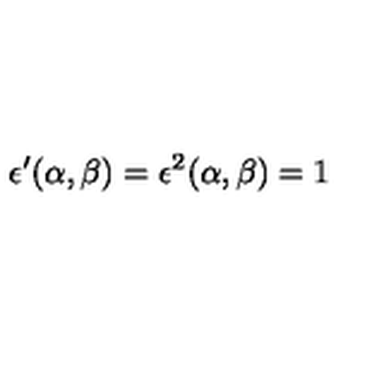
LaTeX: \epsilon ^ { \prime } ( \alpha , \beta ) = \epsilon ^ { 2 } ( \alpha , \beta ) = 1